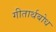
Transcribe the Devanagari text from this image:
गीतार्थबोध